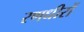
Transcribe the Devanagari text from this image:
रणधीरों